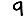
Digit: 9